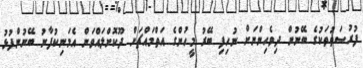
ފުރުސަތުތަކުގެ ބޭނުން ދިވެހިންނަށް ނުހިފި ބޭރު މީހުންގެ އަތްމައްޗަށް ދޫކޮށްލައްވަން އެމަނިކުފާނު ބޭނުންފުޅު